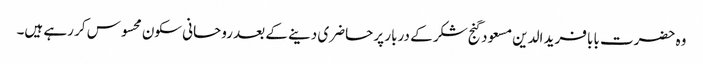
وہ حضرت بابا فرید الدین مسعود گنج شکر کے دربار پر حاضری دینے کے بعد روحانی سکون محسوس کر رہے ہیں۔